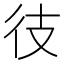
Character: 𫹍